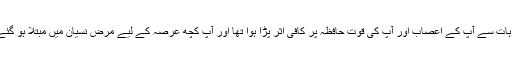
ان وجوہات سے آپؐ کے اعصاب اور آپؐ کی قوت حافظہ پر کافی اثر پڑا ہوا تھا اور آپؐ کچھ عرصہ کے لیے مرض نسیان میں مبتلا ہو گئے تھے۔